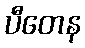
ပီတေန